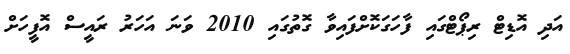
އަދި އޮޑިޓް ރިޕޯޓްގައި ފާހަގަކޮށްފައިވާ ގޮތުގައި 2010 ވަނަ އަހަރު ރައީސް އޮފީހަށް